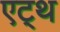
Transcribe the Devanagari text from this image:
एट्थ